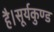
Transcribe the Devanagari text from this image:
है।सूर्यकुण्ड